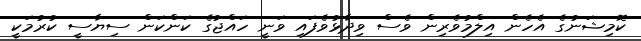
ކޮމިޝަނުގެ އެހެން އިލްމުވެރިން ވެސް ވިދާޅުވެފައި ވަނީ ހައްޖުގެ ކަންކަން ސިޔާސީ ކުރުމަކީ